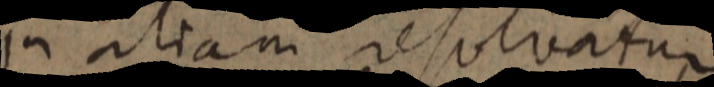
in aliam resolvatur